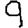
Digit: 9